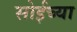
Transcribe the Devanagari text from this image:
सोईच्या